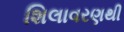
શિલાવરણથી